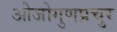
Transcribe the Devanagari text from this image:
ओजोगुणप्रचुर